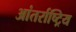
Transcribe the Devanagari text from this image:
आंतर्राष्ट्रिय